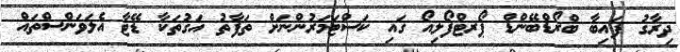
ދިރާގު ފައިބާ ބްރޯޑްބޭންޑް ޕޯރޓްފޯލިއޯ ގައި ކަސްޓަމަރުންނަށް ތަފާތު އަގުތަކާ ޑޭޓާ އެލަވަންސްތައް